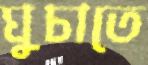
ঘুচাতে